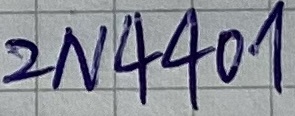
Text: 2N4403